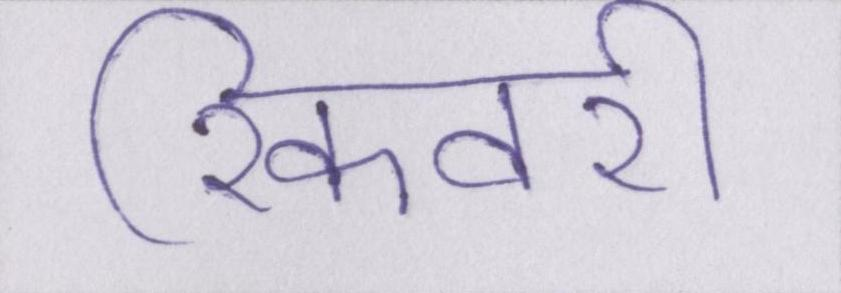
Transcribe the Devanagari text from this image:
रिकवरी